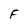
Character: F